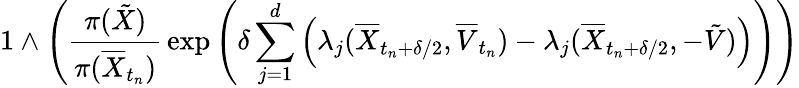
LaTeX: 1\wedge\left(\frac{\pi(\tilde{X})}{\pi(\overline{{X}}_{t_{n}})}\, \exp\Bigg(\delta\sum_{j=1}^{d}\left(\lambda_{j}(\overline{{X}}_{t_{n}+\delta/2},\overline{{V}}_{t_{n}})-\lambda_{j}(\overline{{X}}_{t_{n}+\delta/2},-\tilde{V})\right)\Bigg)\right)